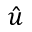
\boldsymbol { \hat { u } }